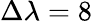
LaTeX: \Delta\lambda=8